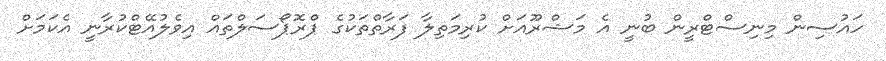
ހައުސިން މިނިސްޓްރީން ބުނީ އެ މަޝްރޫއަށް ކުރިމަތިލާ ފަރާތްތަކުގެ ޕްރޮޕޯސަލްތައް އިވެލުއޭޓްކުރާނީ އެކަމަށް